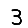
Digit: 3